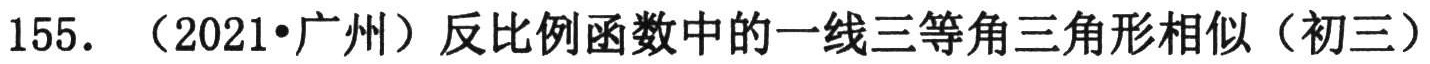
155. （2021•广州）反比例函数中的一线三等角三角形相似（初三）